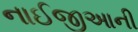
નાઈજીઆની